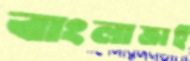
বাংলাভাই